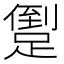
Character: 𨃫